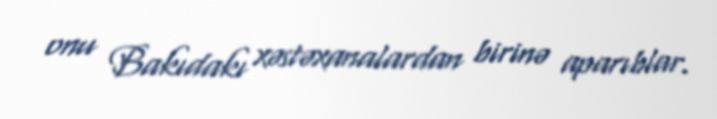
onu Bakıdakı xəstəxanalardan birinə aparıblar.